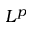
L ^ { p }